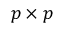
p \times p